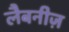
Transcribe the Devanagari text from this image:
लैबनीज़